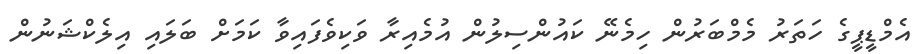
އެމްޑީޕީގެ ހަތަރު މެމްބަރުން ހިމެނޭ ކައުންސިލުން އުމެއިރާ ވަކިވެފައިވާ ކަމަށް ބަލައި އިލެކްޝަނުން